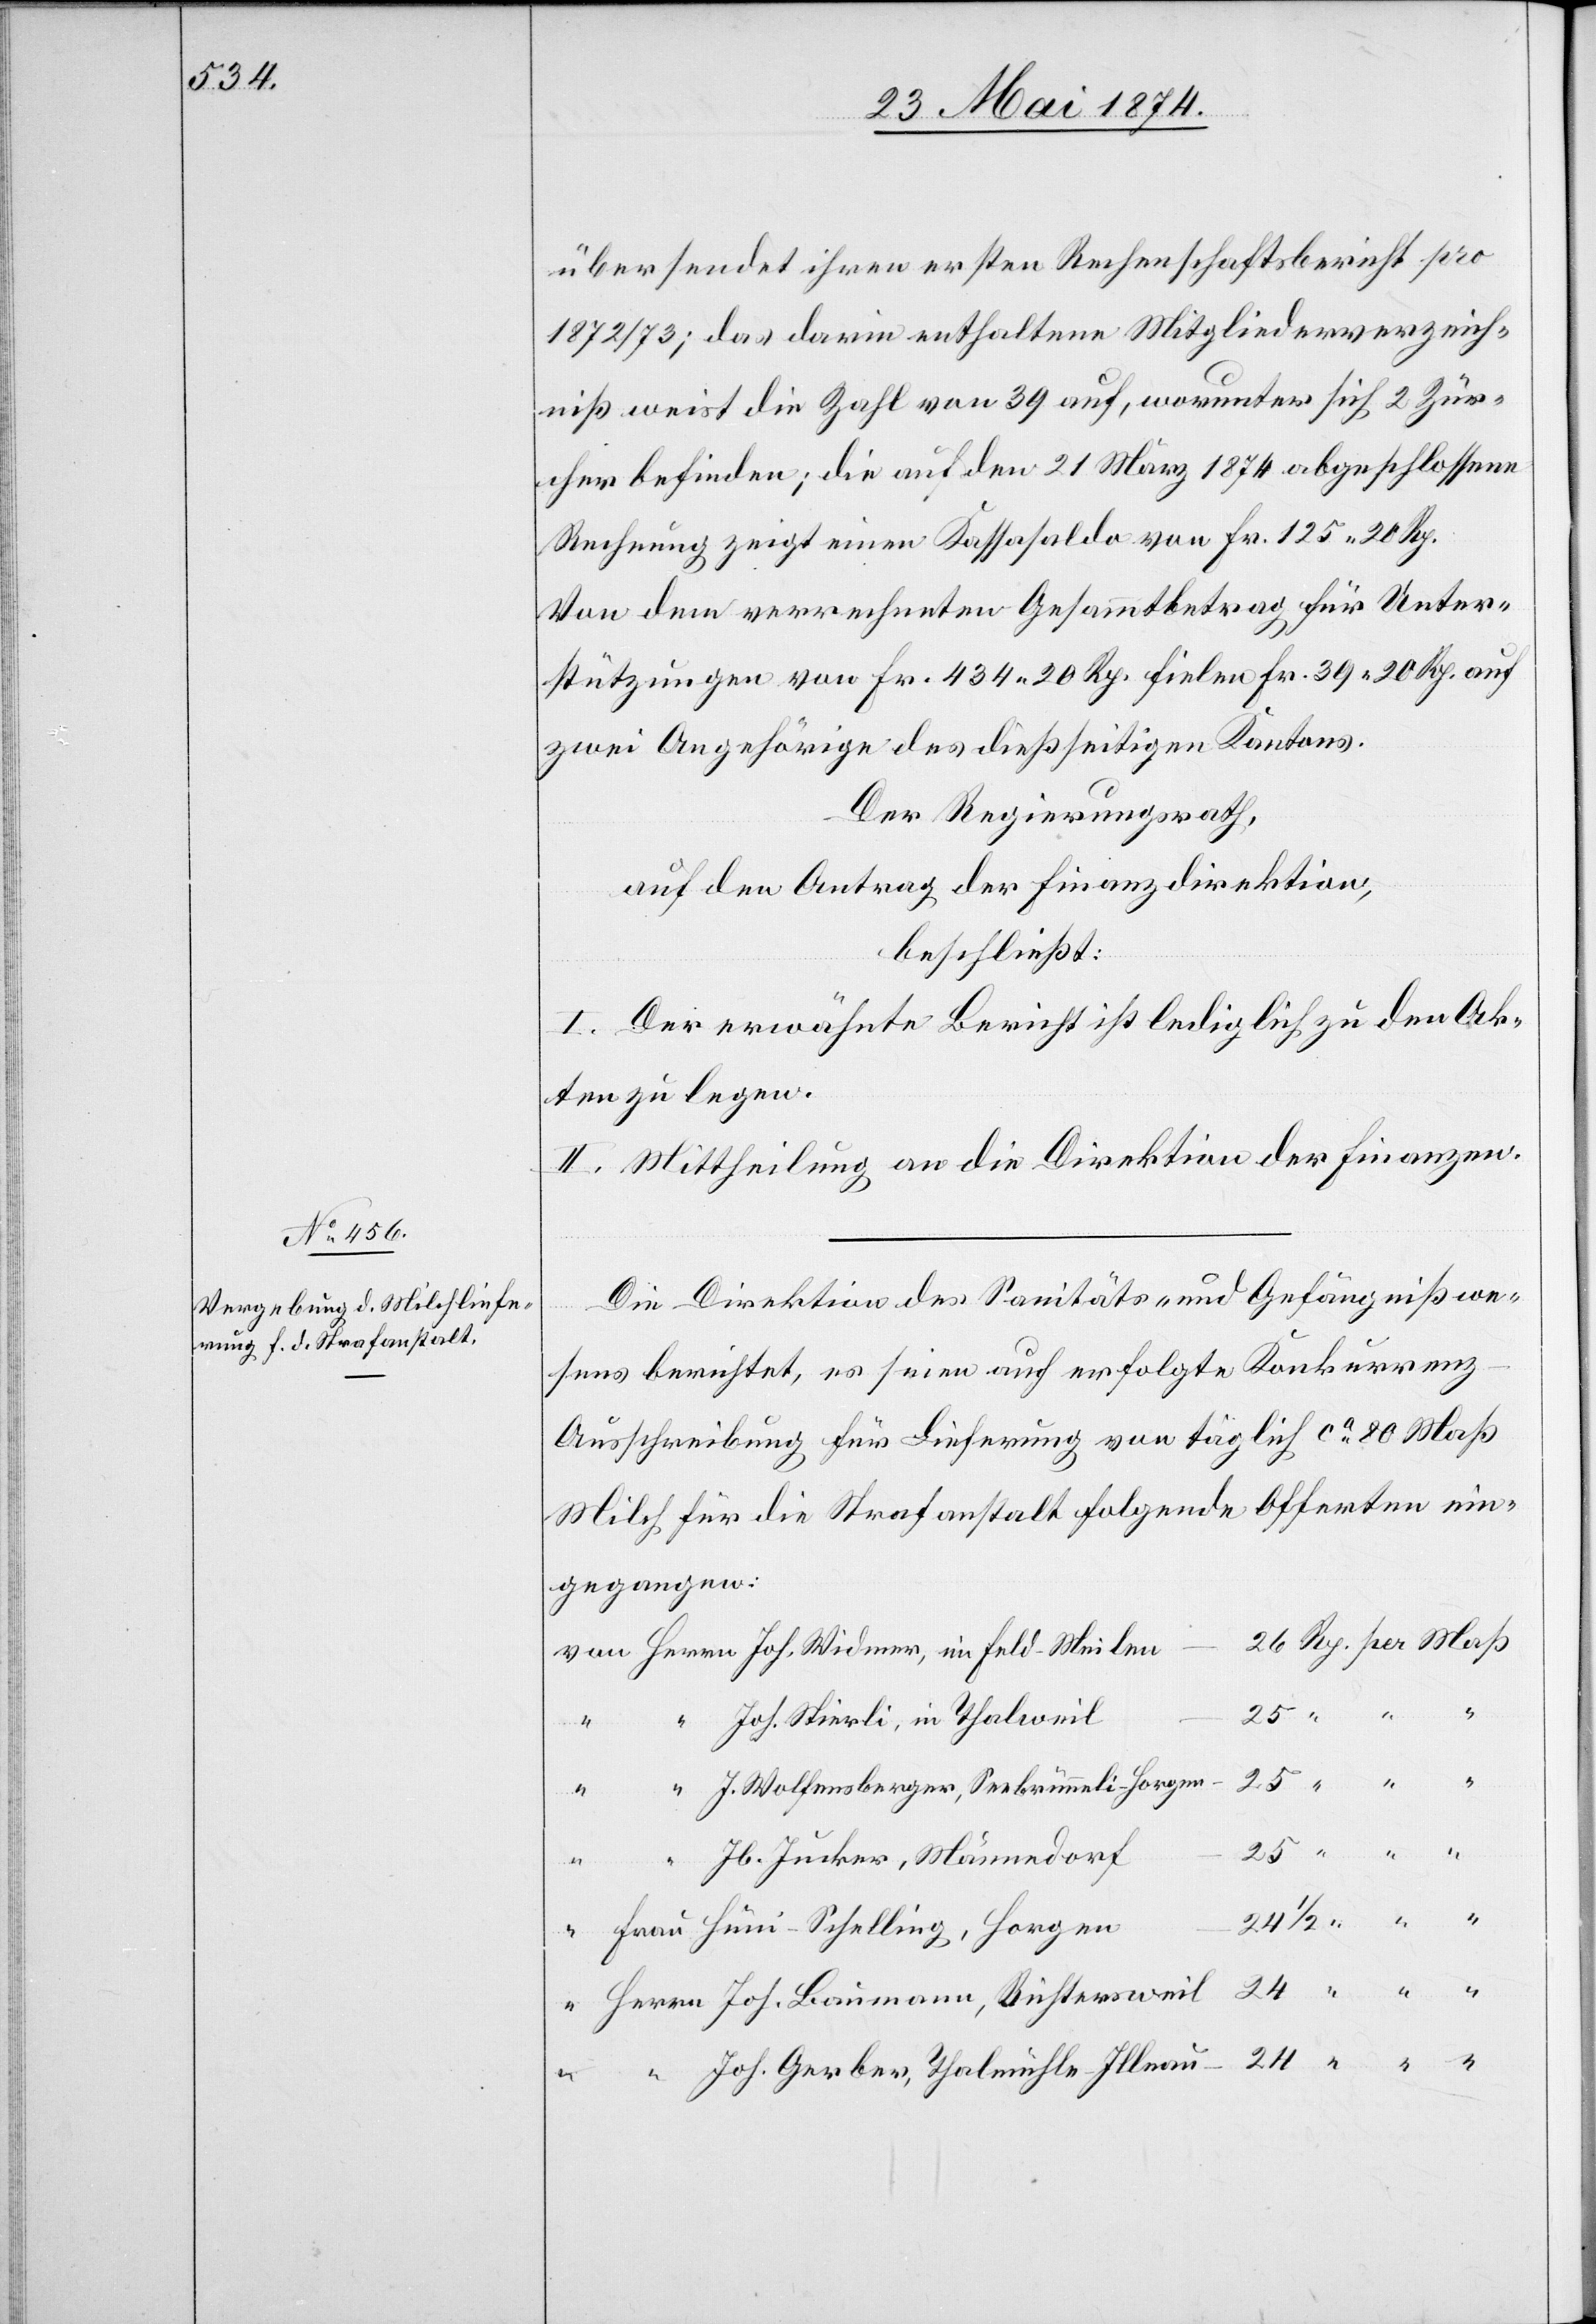
übersendet ihren ersten Rechenschaftsbericht pro
1872/73; das darin enthaltene Mitgliederverzeich¬
niß weist die Zahl von 39 auf, worunter sich 2 Zür¬
icher befinden; die auf den 21. März 1874 abgeschlossene
Rechnung zeigt einen Kassasaldo von Fr. 125.20 Rp.
Von dem verrechneten Gesammtbetrag für Unter¬
stützungen von Fr. 434.20 Rp. fielen Fr. 39.20 Rp. auf
zwei Angehörige des dießseitigen Kantons.
Der Regierungsrath,
auf den Antrag der Finanzdirektion,
beschließt:
I. Der erwähnte Bericht ist lediglich zu den Ak¬
ten zu legen.
II. Mittheilung an die Direktion der Finanzen.
Die Direktion des Sanitäts- und Gefängnißwe¬
“
sens berichtet, es seien auf erfolgte Konkurrenz
Ausschreibung für Lieferung von täglich ca 80 Maß
Milch für die Strafanstalt folgende Offerten ein¬
gegangen:
Jos. Stierli, in Thalweil
J. Wolfensberger, Seebrunneli-Horgen
Jb. Jucker, Männedorf
24